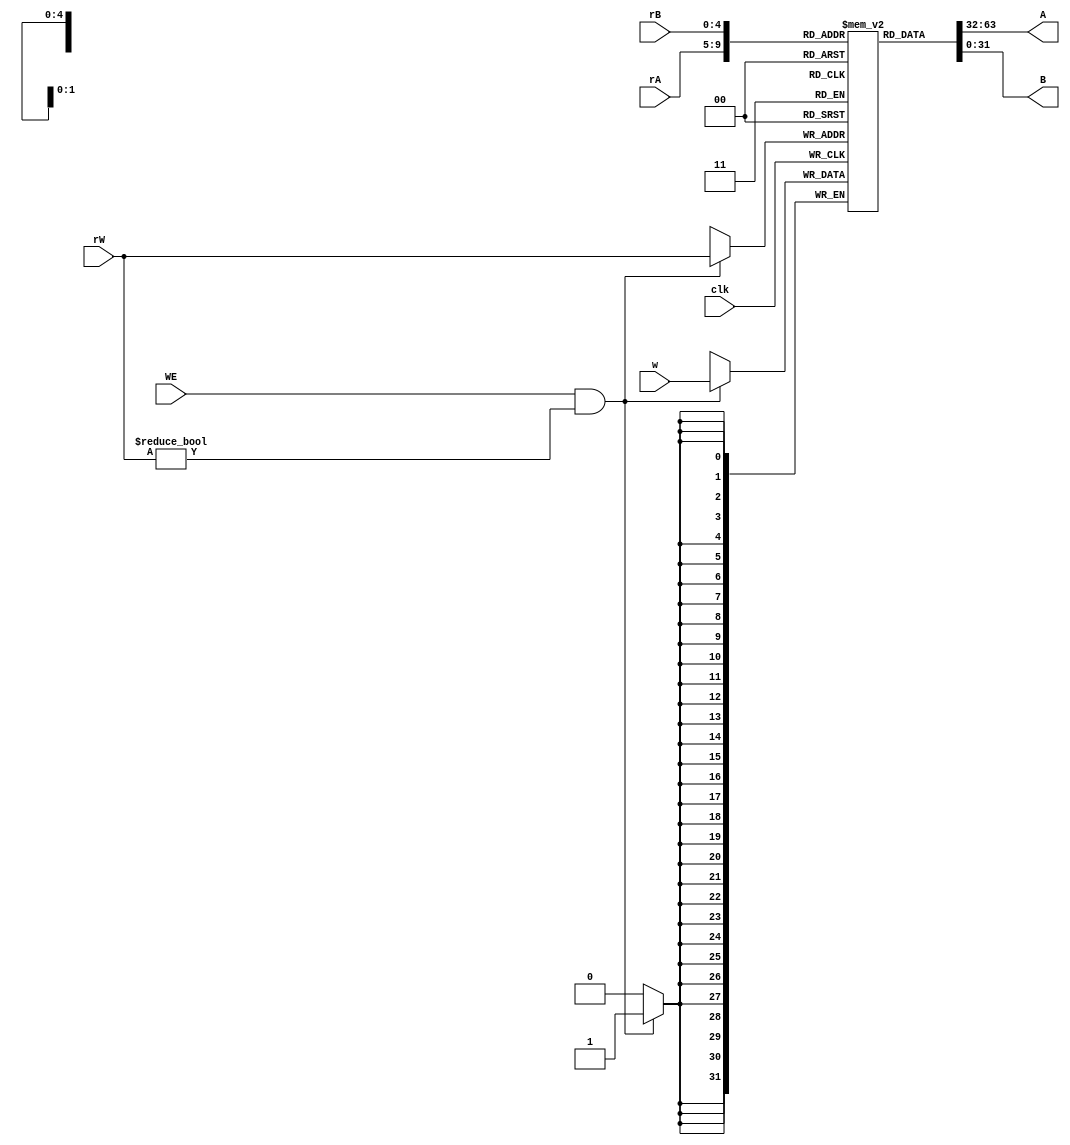
`timescale 1ns / 1ps
//////////////////////////////////////////////////////////////////////////////////
// Company: 
// Engineer: 
// 
// Design Name: 
// Module Name: Registers
// Project Name: 
// Target Devices: 
// Tool Versions: 
// Description: 
// 
// Dependencies: 
// 
// Revision:
// Revision 0.01 - File Created
// Additional Comments:
// 
//////////////////////////////////////////////////////////////////////////////////


module Registers(
	rA, rB, rW, WE, w, clk,
	A, B
    );
	
	input [4:0] rA;
	input [4:0] rB;
	input [4:0] rW;
	input WE;
	input [31:0] w;
	input clk;

	output [31:0] A;
	output [31:0] B;

	reg [31:0] data [31:0];	// register array 32x32

	assign A = data[rA];
	assign B = data[rB];

	integer i;

	initial begin
		for (i = 0; i < 32; i=i+1) data[i] = 'h00000000;
	end

	always @(negedge clk) begin
		if (WE && rW != 5'b00000) begin
			data[rW] = w;
		end
	end


endmodule